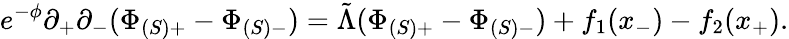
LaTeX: e^{-\phi}\partial_{+}\partial_{-}(\Phi_{(S)+}-\Phi_{(S)-})=\tilde{\Lambda}(\Phi_{(S)+}-\Phi_{(S)-})+f_{1}(x_{-})-f_{2}(x_{+}).